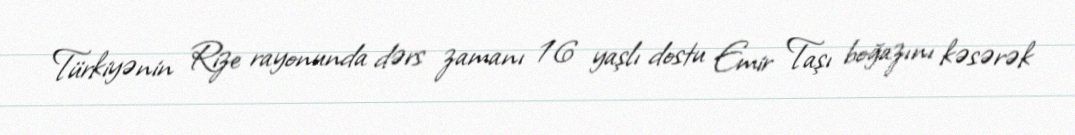
Türkiyənin Rize rayonunda dərs zamanı 16 yaşlı dostu Emir Taşı boğazını kəsərək